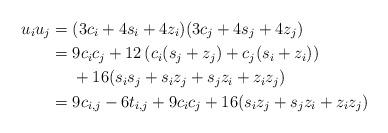
LaTeX: \begin{align*} u_i u_j&=( 3c_i+4 s_{ i}+4z_{i})( 3c_j+4 s_{ j}+4z_{j})\\&=9 c_i c_j+12\left(c_i(s_{j}+ z_{j})+ c_j(s_{i} + z_{i})\right)\\&\phantom{{}={}}+ 16(s_{i} s_{ j}+s_i z_{j} +s_j z_{i} +z_{i}z_{j})\\&= 9c_{i,j} -6 t_{i,j} + 9c_ic_j + 16(s_i z_{j} +s_j z_{i} +z_{i}z_{j})\end{align*}